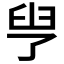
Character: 𦥗